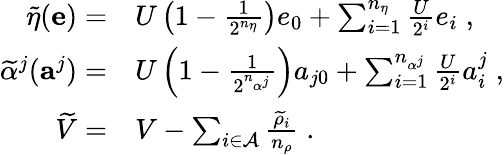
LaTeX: \begin{array}{rl}{\widetilde{\eta}(\mathbf{e})=}&{U\left(1-\frac{1}{2^{n_{\eta}}}\right)e_{0}+\sum_{i=1}^{n_{\eta}}\frac{U}{2^{i}}e_{i}\; ,}\\ {\widetilde{\alpha}^{j}(\mathbf{a}^{j})=}&{U\left(1-\frac{1}{2^{n_{\alpha^{j}}}}\right)a_{j0}+\sum_{i=1}^{n_{\alpha^{j}}}\frac{U}{2^{i}}a_{i}^{j}\; ,}\\ {\widetilde{V}=}&{V-\sum_{i\in\mathcal{A}}\frac{\widetilde{\rho}_{i}}{n_{\rho}}\; .}\end{array}